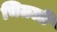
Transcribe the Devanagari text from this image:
चितली